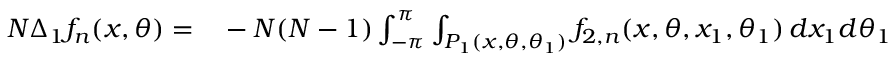
\begin{array} { r l } { N \Delta _ { 1 } f _ { n } ( x , \theta ) = } & { { } - N ( N - 1 ) \int _ { - \pi } ^ { \pi } \int _ { P _ { 1 } ( x , \theta , \theta _ { 1 } ) } f _ { 2 , n } ( x , \theta , x _ { 1 } , \theta _ { 1 } ) \, d x _ { 1 } d \theta _ { 1 } } \end{array}